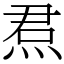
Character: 焄